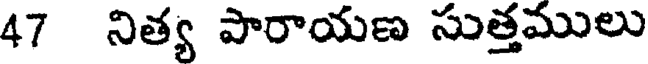
47 నిత్య పారాయణ సుత్తములు